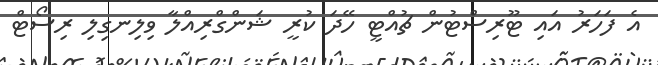
އެ ފަހަރު އައި ޓޫރިސްޓުން ޗުއްޓީ ހޭދަ ކުރީ ޝަންގްރިއްލާ ވިލިނގިލި ރިސޯޓް